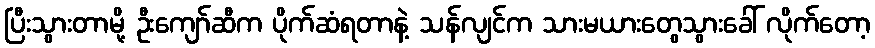
ပြီးသွားတာမို့ ဦးကျော်ဆီက ပိုက်ဆံရတာနဲ့ သန်လျင်က သားမယားတွေသွားခေါ် လိုက်တော့